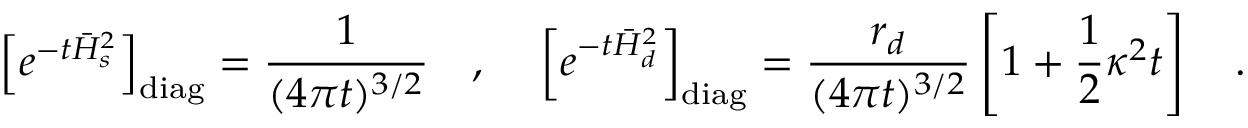
\left[ e ^ { - t \bar { H } _ { s } ^ { 2 } } \right] _ { \mathrm { d i a g } } = { \frac { 1 } { ( 4 \pi t ) ^ { 3 / 2 } } } ~ ~ ~ , { } ~ ~ ~ \left[ e ^ { - t \bar { H } _ { d } ^ { 2 } } \right] _ { \mathrm { d i a g } } = { \frac { r _ { d } } { ( 4 \pi t ) ^ { 3 / 2 } } } \left[ 1 + \frac 1 2 \kappa ^ { 2 } t \right] ~ ~ ~ .